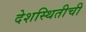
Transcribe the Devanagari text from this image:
देशस्थितीची